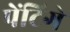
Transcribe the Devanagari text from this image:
पेंटिगे